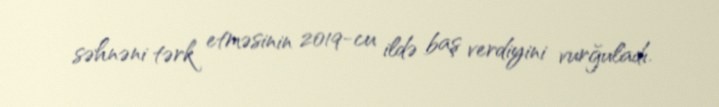
səhnəni tərk etməsinin 2019-cu ildə baş verdiyini vurğuladı.